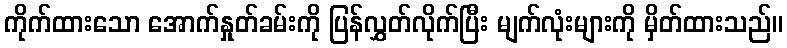
ကိုက်ထားသော အောက်နှုတ်ခမ်းကို ပြန်လွှတ်လိုက်ပြီး မျက်လုံးများကို မှိတ်ထားသည်။